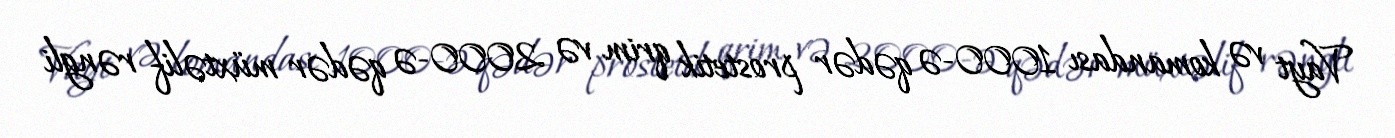
Vayt və komandası 1000-ə qədər prostetik qrim və 2000-ə qədər müxtəlif rəngli